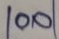
100